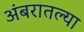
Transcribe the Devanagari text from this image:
अंबरातल्या